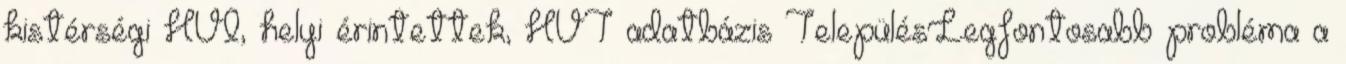
kistérségi HVI, helyi érintettek, HVT adatbázis TelepülésLegfontosabb probléma a